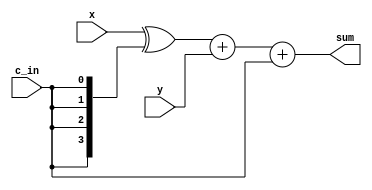
`timescale 1 ns / 1 ns

module two_comp_subadder
#(parameter integer LENGTH = 4)
(x,y,c_in,sum);

    //Variables
    input [LENGTH-1:0] x,y;
    input c_in;
    output [LENGTH-1:0] sum;

    wire [LENGTH-1:0] final_x;

    assign final_x = x ^ {(LENGTH){c_in}};

    assign sum = final_x + y + c_in;

endmodule

module stage
#(parameter integer N=4,K=4)
(x,y,win,wout);

    //Variables
    input x;
    input [N-1:0] y;
    input [2*N-1:0] win;
    output [2*N-1:0] wout;

    wire co;

    assign wout[2*N-1:K] = {{(N-K) {y[N-1] & x}}, y & {(N){x}}} + win[2*N-1:K];
    assign wout [K-1:0] = win[K-1:0];
endmodule

module arrayMultiplier
#(parameter integer N=4)
(x,y,z);

    //Variables
    input [N-1:0] x,y;
    output [2*N-1:0] z;

    wire [2*N-1:0] wout [N-1:0];
    wire sc,co;
    wire [N-1:0] p,q;

    and u0[N-1:0] (wout[0][N-1:0],{(N){x[0]}},y);
    assign wout[0][2*N-1:N] = {(N){wout[0][N-1]}};

    genvar K;
    generate
        for (K=1;K<N;K=K+1) begin
            stage #(.N(N), .K(K)) stageK(.x(x[K]), .y(y), .win(wout[K-1][2*N-1:0]), .wout(wout[K][2*N-1:0]));
        end
    endgenerate

    assign p = {(N){x[N-1]}} & y;

    two_comp_subadder #(.LENGTH(N)) M(.x(p), .y(wout[N-1][2*N-1:N]), .c_in(x[N-1]), .sum(q));

    assign z = {q,wout[N-1][N-1:0]};

endmodule

`ifdef tb

module arrayMultiplier_tb;
    parameter integer WIDTH = 6;
    reg [WIDTH-1:0] x,y;
    wire [2*WIDTH-1:0] z;

    arrayMultiplier #(.N(WIDTH)) Q(.x(x), .y(y), .z(z));

    integer i;

    initial begin
        $dumpfile("arrayMultiplier.vcd");
        $dumpvars;

        y = 6'b000100;
        x = 6'b000010;
        #1;
        y = 6'b101010;
        x = 6'b000010;
        #1;
        y = 6'b000101;
        x = 6'b101010;
        #1;
        y = 6'b101010;
        x = 6'b101001;
        #1;
        $finish;
    end
endmodule
`endif